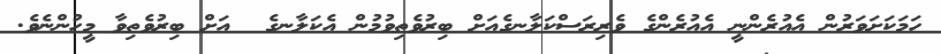
ހަމަކަށަވަރުން އެއުރެންނީ އެއުރެންގެ ވެރިރަސްކަލާނގެއަށް ބިރުވެތިވުމުން އެކަލާނގެ  އަށް ބިރުވެތިވާ މީހުންނެވެ.